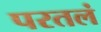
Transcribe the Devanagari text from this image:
परतलं